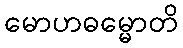
မောဟဓမ္မောတိ